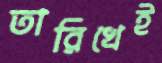
তারিখেই